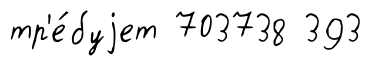
тр'е́буjет 703738 393